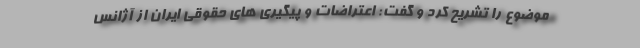
موضوع را تشریح کرد و گفت: اعتراضات و پیگیری های حقوقی ایران از آژانس